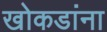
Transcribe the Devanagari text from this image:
खोकडांना